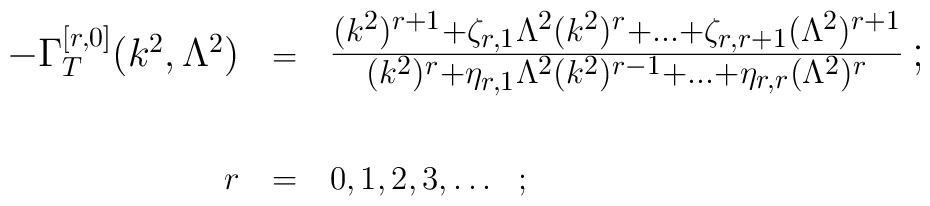
\begin{tabular}{r@{\, \, = \, \,}l}\large{$-\Gamma^{[r,0]}_{T} (k^{2}, \Lambda^{2})$} & \Large{{$\frac{(k^{2})^{r+1} + \zeta_{r,1} \Lambda^{2} (k^{2})^{r} +\ldots + \zeta_{r, r+1} (\Lambda^{2})^{r+1}}{(k^{2})^{r} + \eta_{r,1} \Lambda^{2} (k^{2})^{r-1} + \ldots+ \eta_{r,r} (\Lambda^{2})^{r}}\, ; $}}\\ [4ex]$r$ & $0,1,2,3, \ldots$ \, ;\end{tabular}